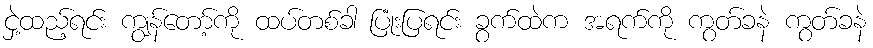
ငှဲ့ထည့်ရင်း ကျွန်တော့်ကို ထပ်တစ်ခါ ပြုံးပြရင်း ခွက်ထဲက အရက်ကို ကွတ်ခနဲ ကွတ်ခနဲ